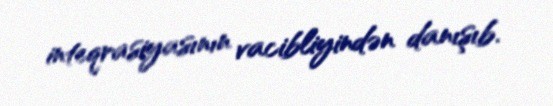
inteqrasiyasının vacibliyindən danışıb.